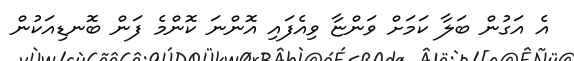
އެ އަގުން ބަލާ ކަމަށް ވަންޏާ ވިއެފައި އޮންނަ ކޮންމެ ފަން ބޮނޑިއަކުން